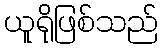
ယူရိုဖြစ်သည်